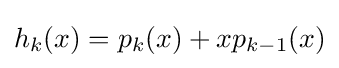
h_{k}(x)=p_{k}(x)+xp_{k-1}(x)